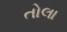
તોલા